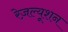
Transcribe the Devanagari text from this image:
रेज़ल्यूशन